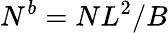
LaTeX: N^{b}=NL^{2}/B